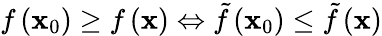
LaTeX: f\left(\mathbf{x}_{0}\right)\geq f\left(\mathbf{x}\right)\Leftrightarrow{\tilde{f}}\left(\mathbf{x}_{0}\right)\leq{\tilde{f}}\left(\mathbf{x}\right)